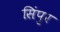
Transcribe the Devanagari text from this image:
सिंपुर